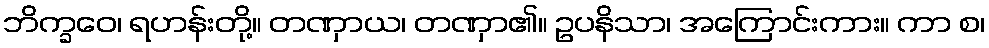
ဘိက္ခဝေ၊ ရဟန်းတို့။ တဏှာယ၊ တဏှာ၏။ ဥပနိသာ၊ အကြောင်းကား။ ကာ စ၊